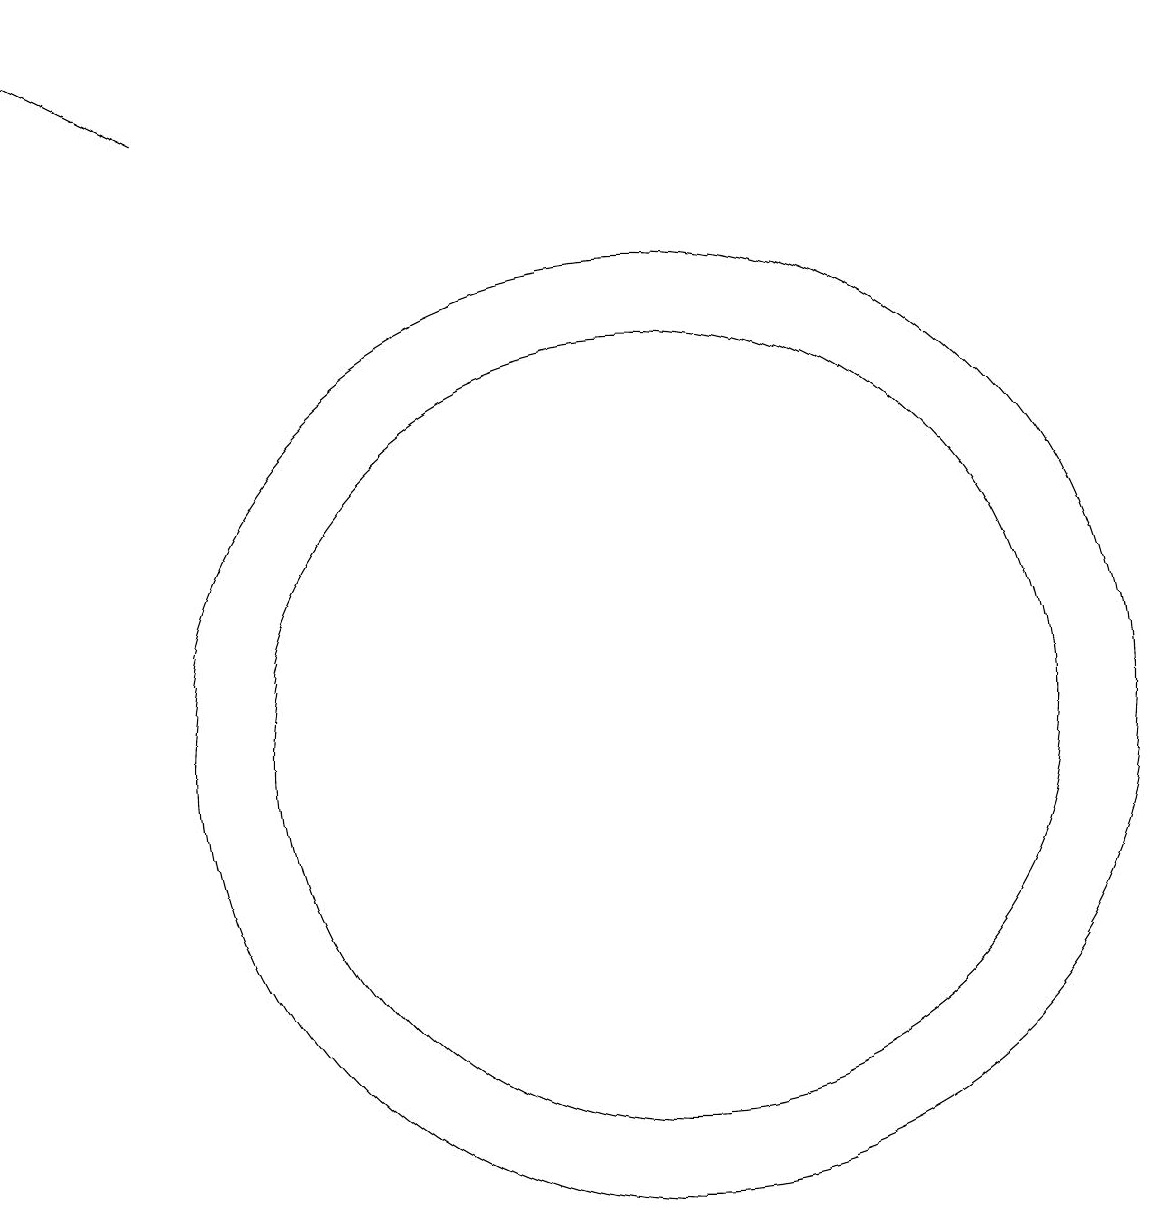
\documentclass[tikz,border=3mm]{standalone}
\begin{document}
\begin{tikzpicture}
\draw[->] (6,18) -- (4,19);
\draw (12,10) circle (6);
\draw (12,10) circle (5);
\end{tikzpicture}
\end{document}